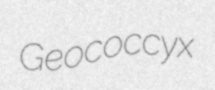
Geococcyx